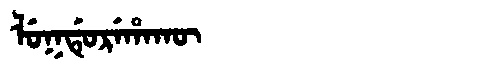
Manchu: ᠯᡠᡴᡩᡠᡵᡝᡥᠠᡴᡡ
Romanization: LUKDUREHAKŪ